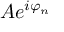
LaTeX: A e ^ { i \varphi _ { n } }